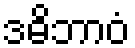
ဒဓိဘာဝံ